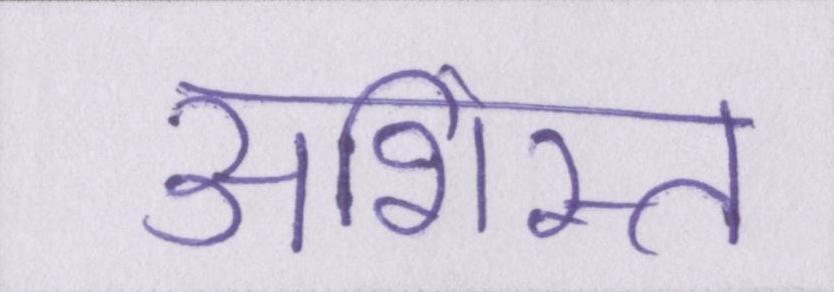
अशिस्त